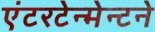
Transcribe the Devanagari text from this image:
एंटरटेन्मेन्टने